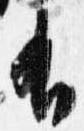
有